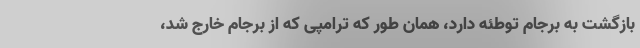
بازگشت به برجام توطئه دارد، همان طور که ترامپی که از برجام خارج شد،